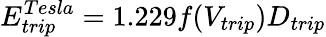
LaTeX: E_{trip}^{Tesla}=1.229f(V_{trip})D_{trip}